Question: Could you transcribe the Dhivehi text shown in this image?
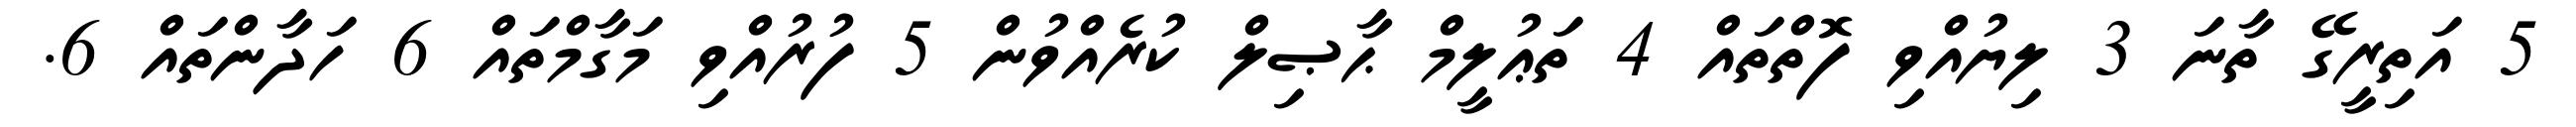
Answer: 5 އަތިރީގޭ ތާނަ 3 ލިޔުއްވި ފޮތްތައް 4 ތަޢުލީމް ޙާޞިލް ކުރެއްވުން 5 ފުރުއްވި މަގާމްތައް 6 ހަދާންތައް 6.